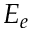
E _ { e }